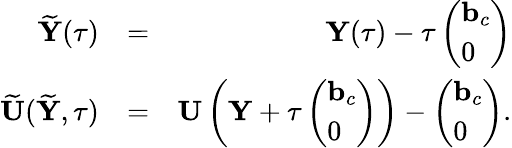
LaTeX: \begin{array}{rlr}{\widetilde{{\mathbf Y}}(\tau)}&{=}&{{\mathbf Y}(\tau)-\tau\left(\begin{array}{l}{{\mathbf b}_{c}}\\ {0}\end{array}\right)}\\ {\widetilde{{\mathbf U}}(\widetilde{{\mathbf Y}},\tau)}&{=}&{{\mathbf U}\left({\mathbf Y}+\tau\left(\begin{array}{l}{{\mathbf b}_{c}}\\ {0}\end{array}\right)\right)-\left(\begin{array}{l}{{\mathbf b}_{c}}\\ {0}\end{array}\right).}\end{array}